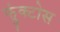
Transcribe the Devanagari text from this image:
फ्रुंक्टोस